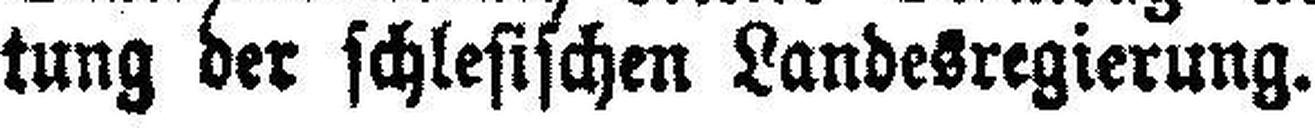
tung der schlesischen Landesregierung.